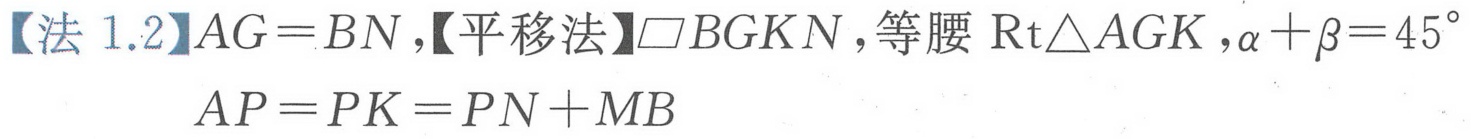
【法 1.2】\(AG = BN\)，【平移法】\(\square BGKN\)，等腰\(\text{Rt}\triangle AGK\)，\(\alpha+\beta = 45^{\circ}\)
\(AP = PK=PN + MB\)